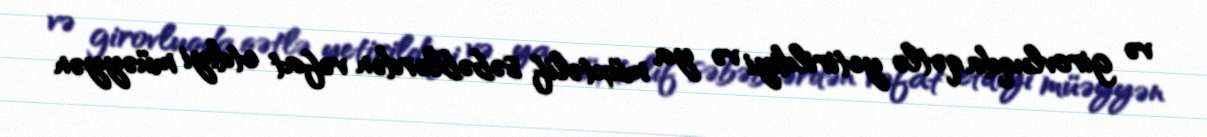
və girovluqda qətlə yetirildiyi və ya müxtəlif səbəblərdən vəfat etdiyi müəyyən